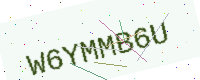
Text: W6YMMB6U